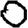
Digit: 0